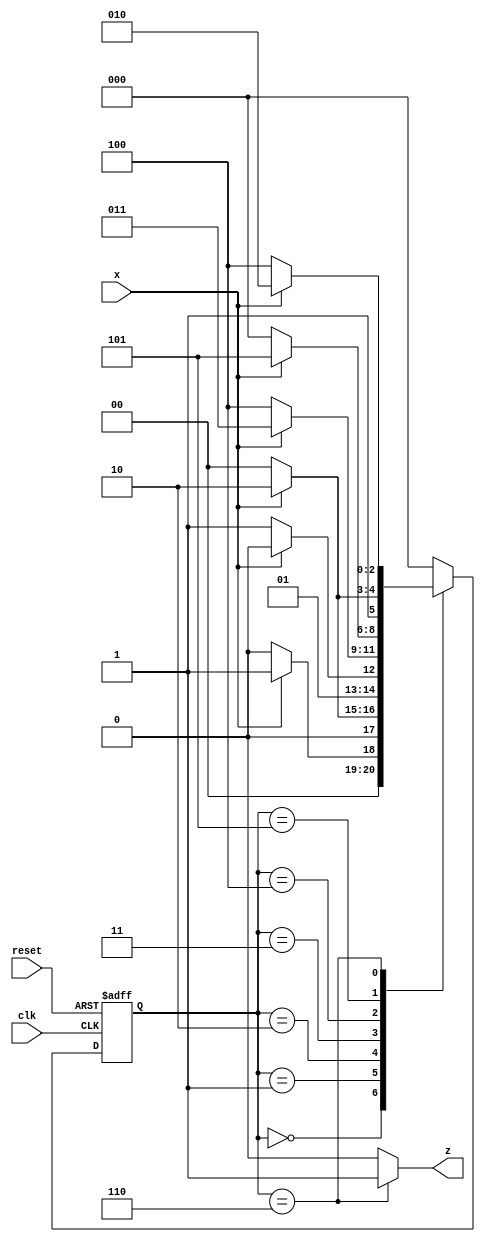
module seq_110011_moore(
input x,clk,reset,
output reg z
);

parameter S0 = 0 , S1 = 1 , S2 = 2 , S3 = 3 , S4 = 4, S5 = 5, S6 = 6;
reg [2:0] PS,NS ;

always @(posedge clk or posedge reset)
    begin
        if(reset)
            PS <= S0;   
        else    
            PS <= NS ; 
    end
always @(PS, x)
begin          
case(PS)
            S0 : begin
                        NS <= x ? S1 : S0 ;
                        $display(PS);
                    end
            S1 : begin 
                        NS <= x ? S2 : S0 ;
                        $display(PS);
                    end
            S2 : begin 
                        NS <= x ? S2 : S3 ;
                        $display(PS);
                    end 
            S3 : begin 
                        NS <= x ? S3 : S4 ;
                        $display(PS);
                    end
            S4 : begin 
                        NS <= x ? S5 : S0 ;
                        $display(PS);
                    end
	     S5 : begin 
                        NS <= x ? S6 : S4 ;
                        $display(PS);
                    end
             S6 : begin 
                        NS <= x ? S2 : S4 ;
                        $display(PS);
                    end	
            default: NS <= S0; 
        endcase
    end
always @(PS)
begin
  case(PS)
    S6: z = 1;
    default: z = 0;
  endcase 
end 
endmodule